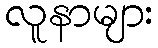
လူနာများ